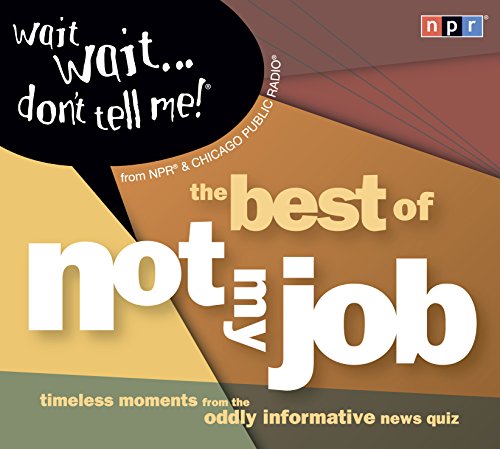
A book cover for Wait Wait...Don't Tell Me!; Peter Sagal; Humor & Entertainment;